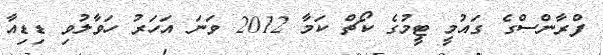
ފްރާންސްގެ ގައުމީ ޓީމުގެ ކޯޗް ކަމާ 2012 ވަނަ އަހަރު ހަވާލުވި ޑިޑިއާ